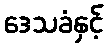
ဒေသခံနှင့်